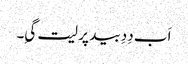
اَب دِدِ بید پر لیت گیِ۔